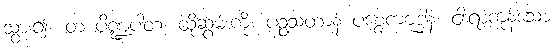
သွား၍။ တံ ပိဏ္ဍပါတံ၊ ထိုဆွမ်းကို။ ပဉ္စသတာနံ ပစ္စေကဗုဒ္ဓါနံ၊ ငါးရာကုန်သော